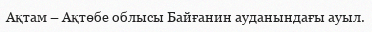
Ақтам – Ақтөбе облысы Байғанин ауданындағы ауыл.